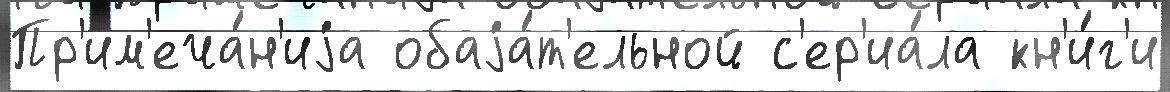
Пр'им'еча́н'иjа обаjа́т'ельной с'ер'иа́ла кн'и́г'и